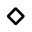
\diamond